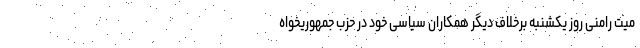
میت رامنی روز یکشنبه برخلاف دیگر همکاران سیاسی خود در حزب جمهوریخواه